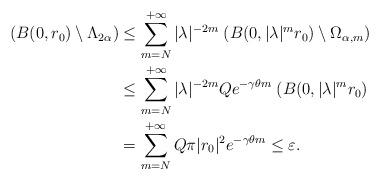
LaTeX: \begin{align*}\;(B(0,r_0)\setminus \Lambda_{2\alpha})&\leq \sum_{m=N}^{+\infty} |\lambda|^{-2m}\;(B(0,|\lambda|^mr_0)\setminus \Omega_{\alpha,m})\\&\leq \sum_{m=N}^{+\infty} |\lambda|^{-2m}Qe^{-\gamma \theta m} \;(B(0,|\lambda|^mr_0)\\&= \sum_{m=N}^{+\infty} Q\pi|r_0|^2e^{-\gamma \theta m} \leq \varepsilon.\end{align*}